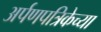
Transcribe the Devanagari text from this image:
अर्पणपत्रिकेच्या